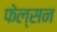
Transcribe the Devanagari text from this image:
फेल्सन